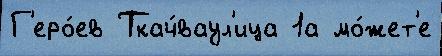
Г'еро́ев Ткач́ваул'ица 1а мо́жет'е